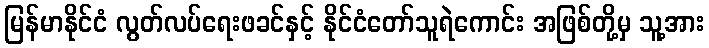
မြန်မာနိုင်ငံ လွတ်လပ်ရေးဖခင်နှင့် နိုင်ငံတော်သူရဲကောင်း အဖြစ်တို့မှ သူ့အား